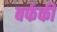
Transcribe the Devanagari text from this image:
बर्फकी